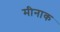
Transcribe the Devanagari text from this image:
मीनाक